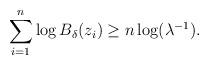
LaTeX: \begin{align*}\sum_{i = 1}^n \log B_\delta(z_i) \geq n\log(\lambda^{-1}).\end{align*}